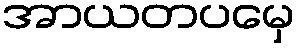
အာယတပမှေ